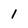
Character: 1